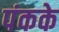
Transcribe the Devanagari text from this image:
पंकके